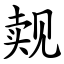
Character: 觌